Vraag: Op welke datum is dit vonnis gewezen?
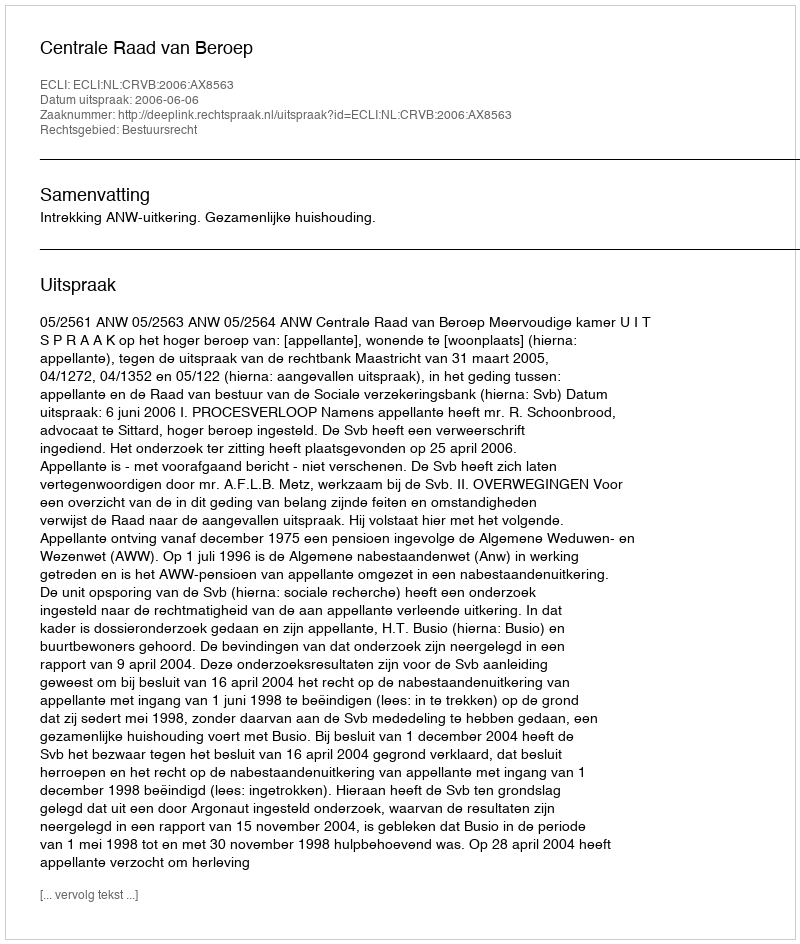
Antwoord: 2006-06-06